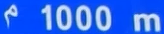
¹1000m